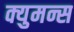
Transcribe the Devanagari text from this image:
क्युमन्स